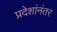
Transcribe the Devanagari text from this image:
प्रदेशांनंतर